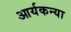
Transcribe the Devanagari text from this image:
आर्यकन्या